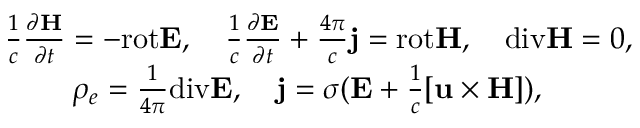
\begin{array} { r } { \frac { 1 } { c } \frac { \partial { \bf H } } { \partial t } = - \mathrm { r o t } { \bf E } , \quad \frac { 1 } { c } \frac { \partial { \bf E } } { \partial t } + \frac { 4 \pi } { c } { \bf j } = \mathrm { r o t } { \bf H } , \quad \mathrm { d i v } { \bf H } = 0 , } \\ { \rho _ { e } = \frac { 1 } { 4 \pi } \mathrm { d i v } { \bf E } , \quad { \bf j } = \sigma ( { \bf E } + \frac { 1 } { c } { \bf [ u \times H ] } ) , \quad \quad \quad } \end{array}